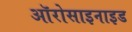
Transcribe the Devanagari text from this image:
ऑरोसाइनाइड